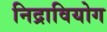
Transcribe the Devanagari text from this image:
निद्रावियोग